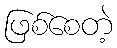
ဖြစ်စေတဲ့